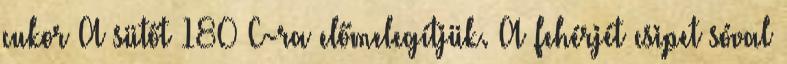
cukor A sütőt 180°C-ra előmelegítjük. A fehérjét csipet sóval